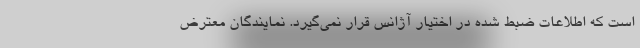
است که اطلاعات ضبط شده در اختیار آژانس قرار نمی‌گیرد. نمایندگان معترض